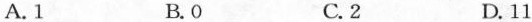
A.1 B.0 C.2 D.11